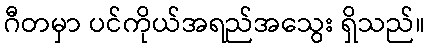
ဂီတမှာ ပင်ကိုယ်အရည်အသွေး ရှိသည်။